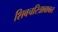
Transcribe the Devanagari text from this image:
शिवचरित्राबाबत